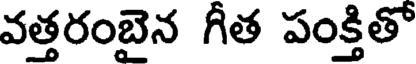
వత్తరంబైన గీత పంక్తితో